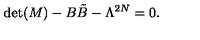
\det ( M ) - B { \tilde { B } } - \Lambda ^ { 2 N } = 0 .